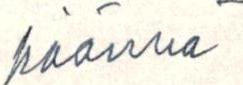
käännä